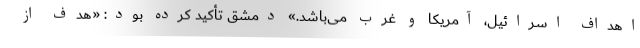
اهداف اسرائیل، آمریکا و غرب می‌باشد.» دمشق تأکید کرده بود: «هدف از